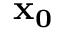
\mathbf { x _ { 0 } }